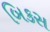
બિકસ